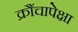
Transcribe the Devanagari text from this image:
क्रौंचापेक्षा